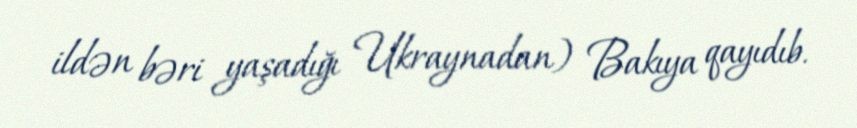
ildən bəri yaşadığı Ukraynadan) Bakıya qayıdıb.